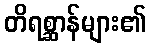
တိရစ္ဆာန်များ၏